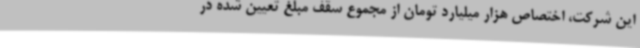
این شرکت، اختصاص هزار میلیارد تومان از مجموع سقف مبلغ تعیین شده در